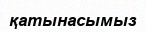
қатынасымыз